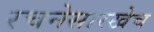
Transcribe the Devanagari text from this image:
रचनेसारखेच